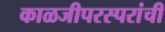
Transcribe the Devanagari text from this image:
काळजीपरस्परांची